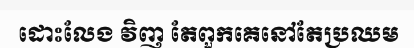
ដោះលែង វិញ តែពួកគេនៅតែប្រឈម